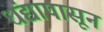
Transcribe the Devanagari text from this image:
धंद्यापासून